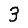
Digit: 3